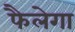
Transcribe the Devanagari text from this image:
फैलेगा